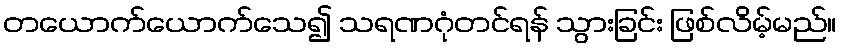
တယောက်ယောက်သေ၍ သရဏဂုံတင်ရန် သွားခြင်း ဖြစ်လိမ့်မည်။